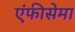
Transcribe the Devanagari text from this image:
एंफीसेमा